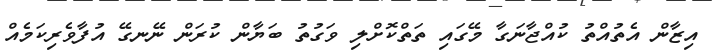
އިޒާން އެތުއްތު ކުއްޖާނަގާ މޭގައި ތަތްކޮށްލި ވަގުތު ބަޔާން ކުރަން ނޭނގޭ އުފާވެރިކަމެއް